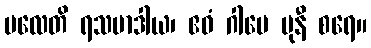
ပလေတိ ရသမာဒါယ၊ ဧဝံ ဂါမေ မုနီ စရေ။